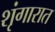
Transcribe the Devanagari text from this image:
शृंगारात